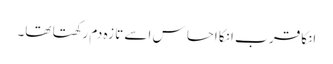
انکا قر ب انکا احسا س اسے تا زہ دم رکھتا تھا۔